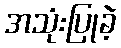
အသုံးပြုခဲ့